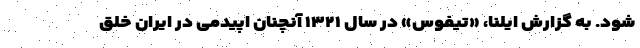
شود. به گزارش ایلنا، «تیفوس» در سال ۱۳۲۱ آنچنان اپیدمی در ایران خلق